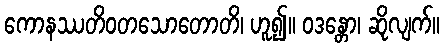
ကောနဿတိဝတသောတောတိ၊ ဟူ၍။ ဝဒန္တော၊ ဆိုလျက်။